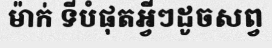
ម៉ាក់ ទីបំផុតអ្វីៗដូចសព្វ